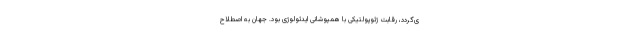
ی‌گردد، رقابت ژئوپولتیکی با همپوشانی ایدئولوژی بود. جهان به اصطلاح